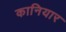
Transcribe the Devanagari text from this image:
कानियार